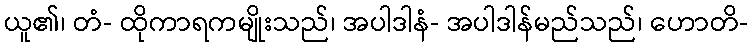
ယူ၏၊ တံ- ထိုကာရကမျိုးသည်၊ အပါဒါနံ- အပါဒါန်မည်သည်၊ ဟောတိ-